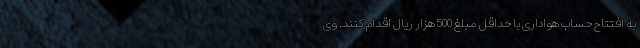
به افتتاح حساب هواداری با حداقل مبلغ 500 هزار ریال اقدام کنند. وی